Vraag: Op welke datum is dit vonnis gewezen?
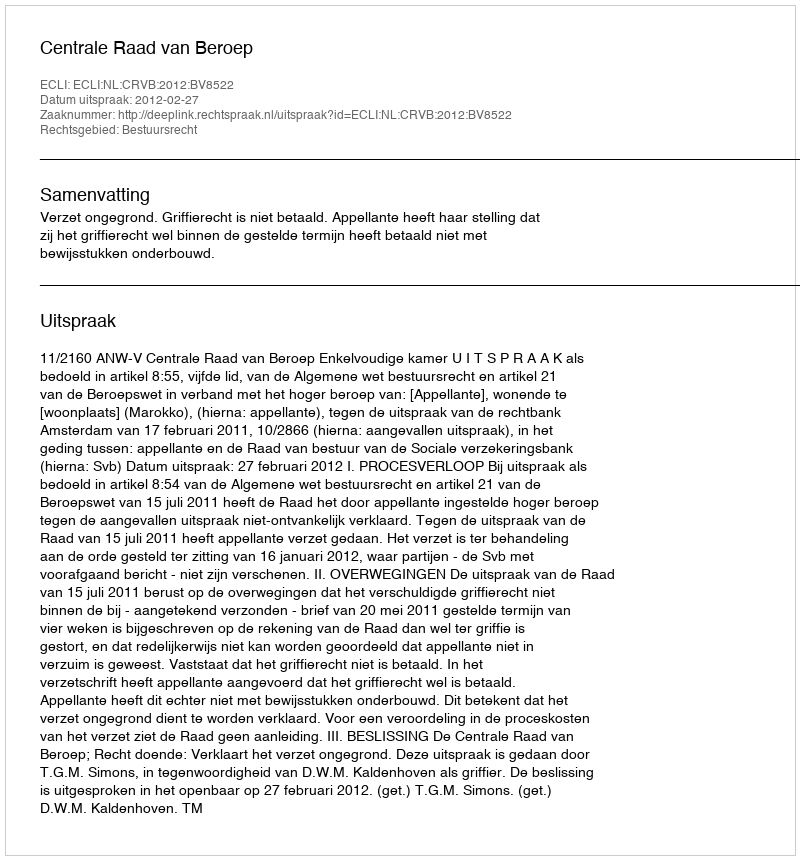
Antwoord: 2012-02-27